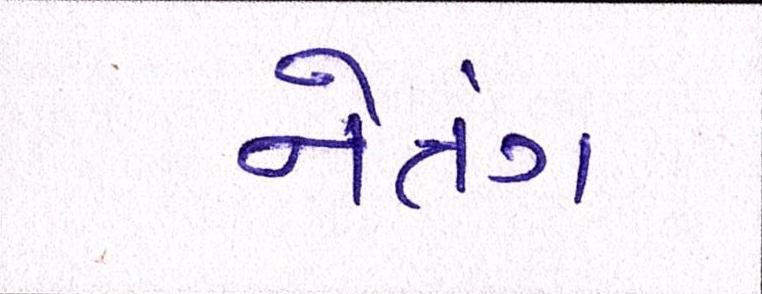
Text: નેત્રંગ